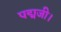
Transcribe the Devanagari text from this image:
पद्मजी।